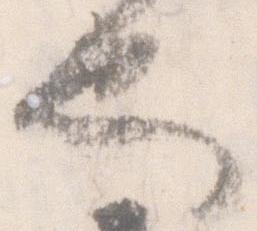
也